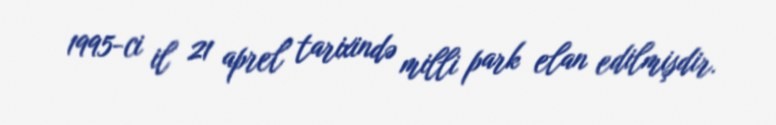
1995-ci il 21 aprel tarixində milli park elan edilmişdir.